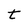
Character: t